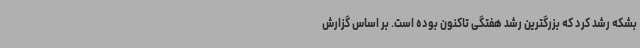
بشکه رشد کرد که بزرگترین رشد هفتگی تاکنون بوده است. بر اساس گزارش